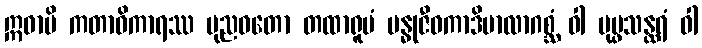
ဣဓာပိ ကတာဓိကာရဿ ပုညဝတော တထာရူပံ ဗန္ဓုဇီဝကာဒိမာလာဂစ္ဆံ ဝါ ပုပ္ဖသန္ထရံ ဝါ